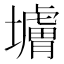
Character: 𰊼